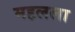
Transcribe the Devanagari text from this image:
महलला